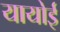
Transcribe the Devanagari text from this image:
यायोई